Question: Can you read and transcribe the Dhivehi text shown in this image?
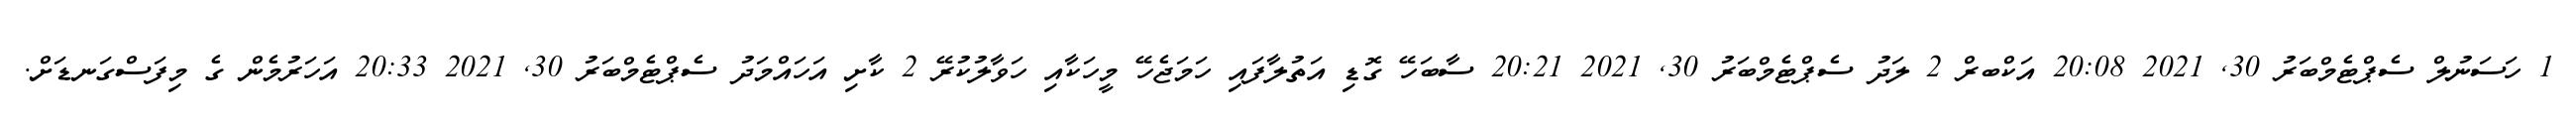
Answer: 1 ހަސަނުލް ސެޕްޓެމްބަރު 30, 2021 20:08 އަކްބރް 2 ލަދު ސެޕްޓެމްބަރު 30, 2021 20:21 ސާބަހޭ ގޮޑި އަތުލާފައި ހަމަޖެހޭ މީހަކާއި ހަވާލުކުރޭ 2 ކާށި އަހައްމަދު ސެޕްޓެމްބަރު 30, 2021 20:33 އަހަރުމެން ގެ މިފަސްގަނޑަށް.